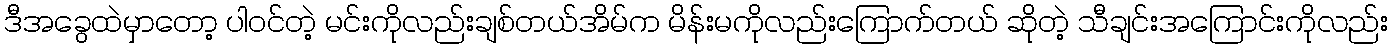
ဒီအခွေထဲမှာတော့ ပါဝင်တဲ့ မင်းကိုလည်းချစ်တယ်အိမ်က မိန်းမကိုလည်းကြောက်တယ် ဆိုတဲ့ သီချင်းအကြောင်းကိုလည်း